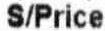
S/PRICE